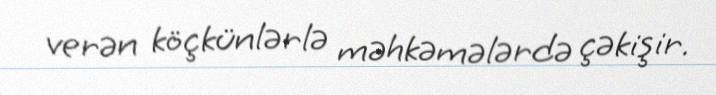
verən köçkünlərlə məhkəmələrdə çəkişir.